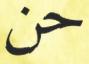
حن